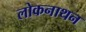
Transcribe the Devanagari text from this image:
लोकनाथन